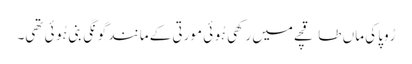
رُوپا کی ماں طاقچے میں رکھی ہُوئی مورتی کے مانند گونگی بنی ہُوئی تھی۔